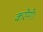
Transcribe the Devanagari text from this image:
करेग्गे।